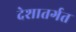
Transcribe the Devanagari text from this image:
देशातर्गत